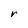
Character: r